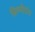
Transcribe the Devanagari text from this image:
म्रिथ्योप्रांत